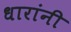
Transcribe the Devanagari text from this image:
धारांनी